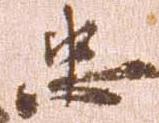
忠